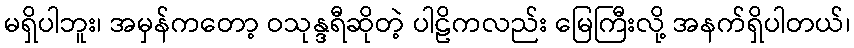
မရှိပါဘူး၊ အမှန်ကတော့ ဝသုန္ဒရီဆိုတဲ့ ပါဠိကလည်း မြေကြီးလို့ အနက်ရှိပါတယ်၊